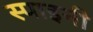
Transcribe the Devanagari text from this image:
स्पाइनी